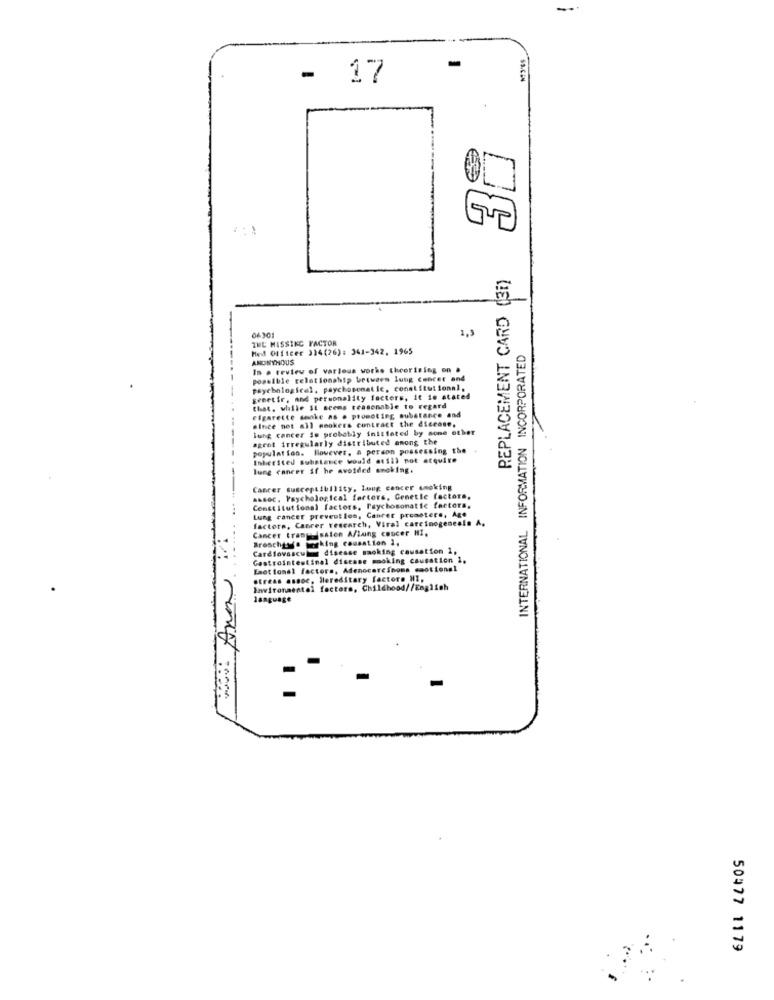
-
17
-
00
..
REPLACEMENT CARD (31)
06301
3,9
THE MISSING FACTOR
Med Officer 314(76): 341-342, 1965
INTERNATIONAL INFORMATION INCORPORATED
ANONYMOUS
In . truteu of various works theorizing on .
possible relationship between lung cancer and
psychological, psychosomatic, constitutional,
genetir. and personality factors, it is stated
that, while IL scems reasonable to regard
since not all smokers contract the disease,
cigarette smoke as . promoting substance and
lung cancer is probably initiated by some other
agent irregularly distributed among the
population. However, a person possessing the
Inherited substance would still not atquite
lung cancer if he avoided smoking.
Cancer susceptibility, lung cancer smoking
assoc. Psychological factors, Genetic factors,
Constitutional factors, Psychosomatic factors,
factors, Cancer research, Viral carcinogenesis A.
Lung cancer prevention, Canrer promotere, Age
Cancer tranguisalon A/lung cancer HI.
Brescharfs working causation 1,
Cardiovascular disease sacking causation 1,
Gastrointestinal disease mmoking causation 1.
Emotional factors, Adenocarcinoma emotional
stress assoc, Hereditary factore MI,
Environmental factors, Childhood//English
language
50477 1179